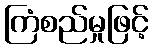
ကြံစည်မှုဖြင့်